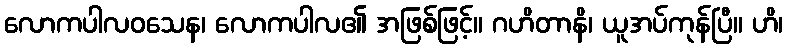
လောကပါလဝသေန၊ လောကပါလ၏ အဖြစ်ဖြင့်။ ဂဟိတာနိ၊ ယူအပ်ကုန်ပြီ။ ဟိ၊